Vital statistics of India. Vol. IV, Annual returns from 1871 to 1876. British Army of India, Native Army and jails of Bengal
Year: 1871
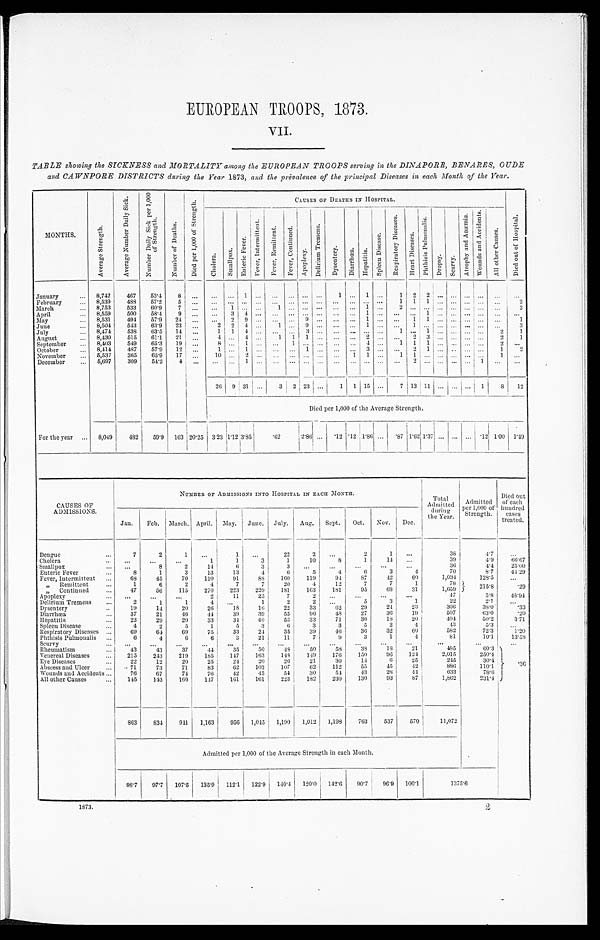
EUROPEAN TROOPS, 1873.
TABLE showing the SICKNESS and MORTALITY among the EUROPEAN TROOPS serving in the DINAPORE, BENARES, OUDE
and CAWNPORE DISTRICTS during the Year 1873, and the prevalence of the principal Diseases in each Month of the Year.
MONTHS.
A v e r a g e S t r e n g t h .
A v e r a g e N u m b e r D a i l y S i c k .
N u m b e r D a i l y S i c k p e r 1 , 0 0 0 o f S t r e n g t h .
N u m b e r o f D e a t h s .
D i e d p e r 1 , 0 0 0 o f S t r e n g t h .
CAUSES OF DEATHS IN HOSPITAL.
D i e d o u t o f H o s p i t a l .
C h o l e r a .
Smallpox. E n t e r i e F e v e r .
F e v e r I n t e r m i t t e n t . F e v e r R e m i t t e n t .
F e v e r , C o n t i n u e d . A p o p l e x y .
D e l i r i u m T r e m e n s .
D y s e n t e r y .
D i a r r h œ a .
H e p a t i t i s .
S p l e e n D i s e a s e .
R e s p i r a t o r y D i s e a s e s .
H e a r t D i s e a s e s .
P h t h i s i s P u l m o n a l i s .
D r o p s y .
S e u r v y .
A t r o p h y a n d A n æ m i a . W o u n d s a n d A c c i d e n t s .
A l l o t h e r C a u s e s .
January . . . 8,742
467
53.4
8```1```1`1`1
2 2 . . .
. . . . . . . . .F
ebruary . . . 8,539
488
57.2
5```````````1
1
1```2
March . . . 8,753
533
60.9
7 . . .
. . .
1`1````1`2`. . . . . . . . .```2
April . . . 8,559
500
58.4
9 . . .
. . .
3
4`````1```1`. . . . . . . . .M
ay . . .
8,531
494
57.9
24``2 9 . . .``9```1``1
1```1
June . . .
8,504
543
63.9 23 . . .
2 2 4 . . .
1
9```1``1 . . . . . .``. . . . . .
3
July . . . 8,474
538
63.5
14 . . .
1
1
4`3`````1`1``2
1
August . . . 8,430
515
61.1
21`4`4
1 1
1```2``2
3```2
1
September . . .
8,403
549
65.3 19
`8`11````4`1 1 1 . . .```2Ò
ctober . . . 8,414
487
57.9
12`1`1``1```3``2 1 . . . . . .`. . .
1
2
November . . . 5,537
365
65.9 17`1 0`2````1 1 . . .
1
1```1D
ecember . . .
5,697
309
54.2
4```1````````2``1
. . .
. . .
26 9 31`3 2 23 . . .
1 1 15`7 13 11 . . .``1
8
1 2
D i e d p e r 1 , 0 0 0 o f t h e A v e r a g e S t r e n g t h .
For the year . . . 8,049
482
59.9 163 20.25 3.23
1 . 1 2
3.85
.62
2.86 . . . .12 .12 1.86 . . . .87
1 . 6 2
1 . 3 7`.
. . . . . .12 1.00 1.49
CAUSES OF
ADMISSIONS.
NUMBER OF ADMISSIONS INTO HOSPITAL IN EACH MONTH.
Total
Admitted
during
the Year.
Admitted
per 1,000 of Strength.
Died out
of each
hundred
cases
treated.
Jan.
Feb. March. April. May.
June. July.
Aug.
Sept.
Oct.
Nov.
Dec.
Dengue . . .
7
2
1
. . .
1`2
2
2`2
1
. . .
38
4.7C
holera . . .``. . .
1
1
3
1
10
8
1
14
. . .
39
4.9
66.67
Smallpox . . .`8
2
14
6
3
3```. . .
. . .
36
4 . 4
25.00
Enterie Fever . . .
8
1
3
13
13
4
6
5
4
6
3
4
70
8.7
44.29
Fever, Intermittent . . .
68
45
70
110
91
88
160
119
94
87
42
60
1,034
128.5
. . .
" Remittent . . .
1
6
2
4
7
7
20
4
12
7
7
1
78
215.8
.29
" Continued . . .
4 7
56
115
270
223
229
181
163
181
95
68
31
1,659
Apoplexy . . .```2
11
25
7
2````4 7
5.8
48.94
Delirium Tremens . . .
2
1
1
4`1
2
2`5
3
1
22
2.7
. . .
Dysentery . . .
19
14
20
20
18
16
22
33
62
29
24
23
306
38.0
.33
Diarrhœa . . .
37
21
46
44
39
39
55
96
48
27
36
19
507
63.0
.20
Hepatitis . . .
23
29
20
33
34
40
53
33
71
30
18
20
.404
50.2
3.71
Spleen Disease . . .
4
2
5
1
5
3
6
3
3
5
2
4
43
5.3R
espiratory Diseases . . .
69
64
69
75
33
24
35
39
46
36
32
60
582
72.3
1.20
Phthisis Pulmonalis . . .
6
4
6
6
3
21
11
7
9
3
1
4
8 1
10.1
13.58
Scurvy . . .
. . .``. . .
. . .
. . .
. . .
. . .`. . .
. . .```R
heumatism . . .
43
43
37
44
35
50
.48
50
58
38
18
21
485
60.3 . 3 6
Venereal Diseases . . . 2 1 5
243
219
185
147
163
148
149
176
150
96
124
2,015
250.4
Eve Diseases . . . 2 2
12
20
25
24
20
26
21
30
14
6
25
245
30.4
Abscess and Ulcer . . .
71
73
71
83
62
103
107
62
112
55
45
42
886
110.1
Wounds and Accidents . . .
76
67
74
76
42
45
54
30
54
43
28
44
633
78.6
All other Causes . . .
145
143
160
147
161
161
223
182
230
130
93
87
1,862
231.4
863
834
941
1,163
956
1,045
1,190
1,012
1,198
763
537
570
11,072
Admitted per 1,000 of the Average Strength in each Month.
98.7
97.7
107.5 135.9
112.1
122.9
140.4 120.0 142.6
90.7
96.9
100.1
1375.6
1 8 7 3 . 2